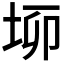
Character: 𡋫